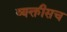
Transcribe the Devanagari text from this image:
व्यक्तीसच